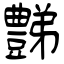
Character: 豑